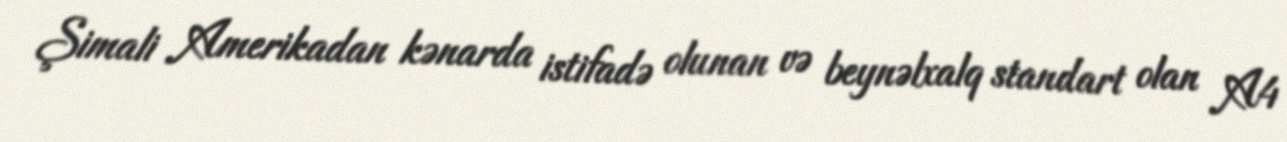
Şimali Amerikadan kənarda istifadə olunan və beynəlxalq standart olan A4